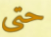
حتى